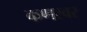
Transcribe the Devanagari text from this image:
कणस्वर